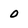
Character: 0